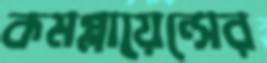
কমপ্লায়েন্সের